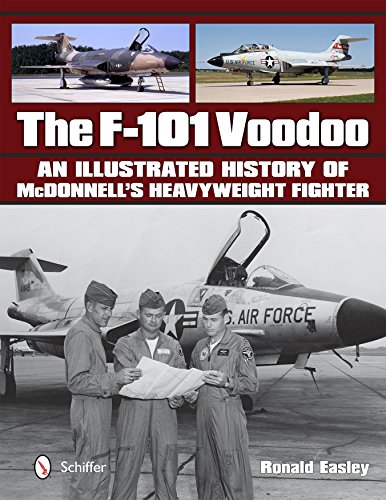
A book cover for The F-101 Voodoo: An Illustrated History of McDonnell's Heavyweight Fighter; Ronald Easley; History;